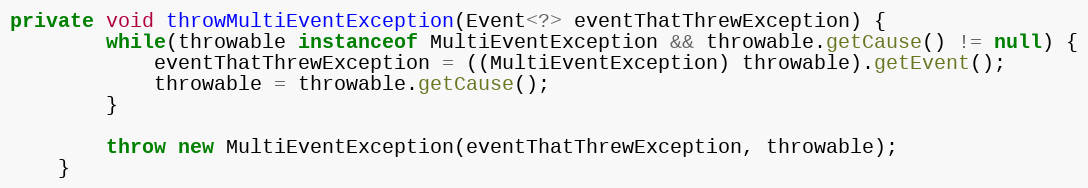
Language: Java
private void throwMultiEventException(Event<?> eventThatThrewException) {
        while(throwable instanceof MultiEventException && throwable.getCause() != null) {
            eventThatThrewException = ((MultiEventException) throwable).getEvent();
            throwable = throwable.getCause();
        }

        throw new MultiEventException(eventThatThrewException, throwable);
    }